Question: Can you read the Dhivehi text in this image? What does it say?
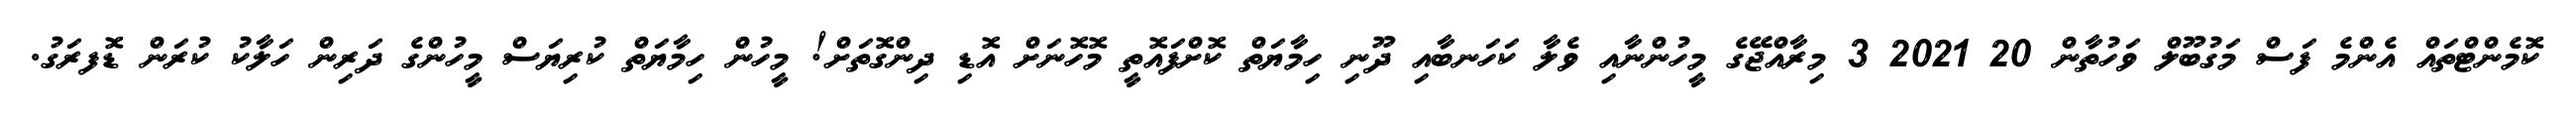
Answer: ކޮމެންޓްތައް އެންމެ ފަސް މަގުބޫލް ވަހުތާން 20 2021 3 މިރާއްޖޭގެ މީހުންނާއި ވެލާ ކަހަނބާއި ދޫނި ހިމާޔަތް ކޮށްފައޮތީ މޮހޮނަށް އޮޑި ދިންގޮތަށް! މީހުން ހިމާޔަތް ކުރިޔަސް މީހުންގެ ދަރިން ހަލާކު ކުރަން ޑޮފރަގު.